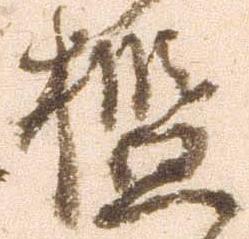
檻